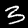
Label: 3